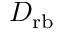
D _ { \mathrm { r b } }